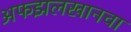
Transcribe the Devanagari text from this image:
अफझलखानचा